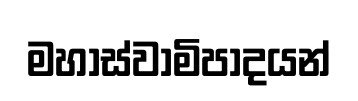
මහාස්වාමිපාදයන්